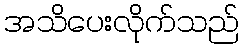
အသိပေးလိုက်သည်